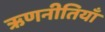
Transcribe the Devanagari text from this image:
ऋणनीतियाँ